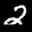
Label: 2